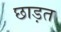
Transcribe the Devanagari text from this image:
छाड़त